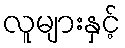
လူများနှင့်